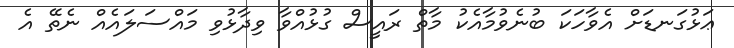
ޢަޅުގަނޑަށް އެވާހަކަ ބުނެވުމާއެކު މާތް ރައީސް ގުޅުއްވާ ވިދާޅުވި މައްސަލައެއް ނެތޭ އެ